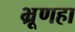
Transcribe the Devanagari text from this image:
भ्रूणहा